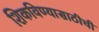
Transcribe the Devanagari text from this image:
शिकविण्यासाठीची